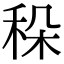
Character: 𥞛